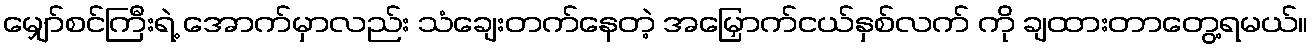
မျှော်စင်ကြီးရဲ့ အောက်မှာလည်း သံချေးတက်နေတဲ့ အမြှောက်ငယ်နှစ်လက် ကို ချထားတာတွေ့ရမယ်။